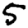
Digit: 5